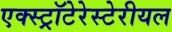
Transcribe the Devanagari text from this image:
एक्स्ट्रॉटेरेस्टेरीयल